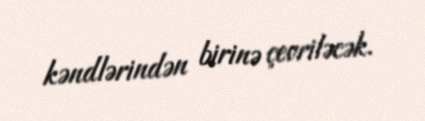
kəndlərindən birinə çevriləcək.